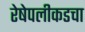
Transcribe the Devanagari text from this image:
रेषेपलीकडचा